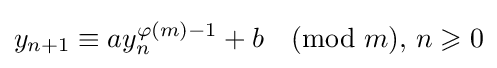
y_{n+1}\equiv ay_{n}^{\varphi (m)-1}+b{\pmod {m}}{\text{,  }}n\geqslant 0